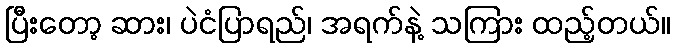
ပြီးတော့ ဆား၊ ပဲငံပြာရည်၊ အရက်နဲ့ သကြား ထည့်တယ်။